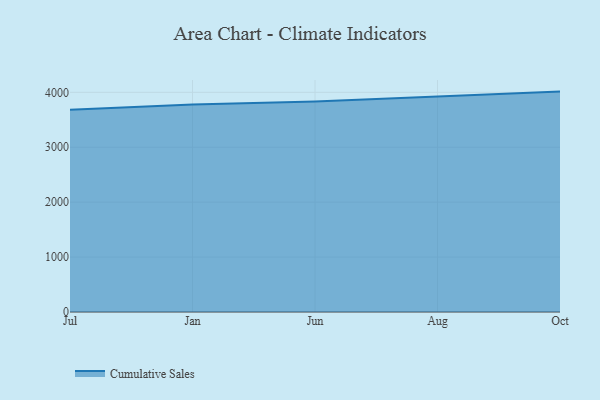
{"axis": {"x": "Month", "y": "Population (Million)"}, "legend": ["Cumulative Sales"], "data": [{"x": "Jul", "y": 3683.4, "type": "Cumulative Sales"}, {"x": "Jan", "y": 3778.0, "type": "Cumulative Sales"}, {"x": "Jun", "y": 3833.4, "type": "Cumulative Sales"}, {"x": "Aug", "y": 3917.9, "type": "Cumulative Sales"}, {"x": "Oct", "y": 4013.1, "type": "Cumulative Sales"}]}